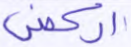
اركض